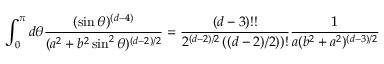
\int _ { 0 } ^ { \pi } d \theta { \frac { ( \sin \theta ) ^ { ( d - 4 ) } } { ( a ^ { 2 } + b ^ { 2 } \sin ^ { 2 } \theta ) ^ { ( d - 2 ) / 2 } } } = { \frac { ( d - 3 ) ! ! } { 2 ^ { ( d - 2 ) / 2 } \left( ( d - 2 ) / 2 ) \right) ! } } { \frac { 1 } { a ( b ^ { 2 } + a ^ { 2 } ) ^ { ( d - 3 ) / 2 } } }